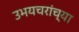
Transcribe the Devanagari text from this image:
उभयचरांच्या